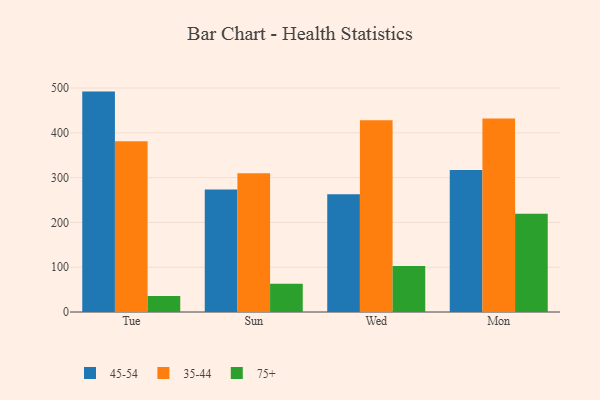
{"axis": {"x": "Day", "y": "Customer Acquisition Cost (USD)"}, "legend": ["35-44", "45-54", "75+"], "data": [{"x": "Tue", "y": 492.1, "type": "45-54"}, {"x": "Tue", "y": 381.3, "type": "35-44"}, {"x": "Tue", "y": 35.5, "type": "75+"}, {"x": "Sun", "y": 273.6, "type": "45-54"}, {"x": "Sun", "y": 310.0, "type": "35-44"}, {"x": "Sun", "y": 63.1, "type": "75+"}, {"x": "Wed", "y": 262.8, "type": "45-54"}, {"x": "Wed", "y": 428.1, "type": "35-44"}, {"x": "Wed", "y": 102.5, "type": "75+"}, {"x": "Mon", "y": 317.2, "type": "45-54"}, {"x": "Mon", "y": 432.1, "type": "35-44"}, {"x": "Mon", "y": 219.1, "type": "75+"}]}